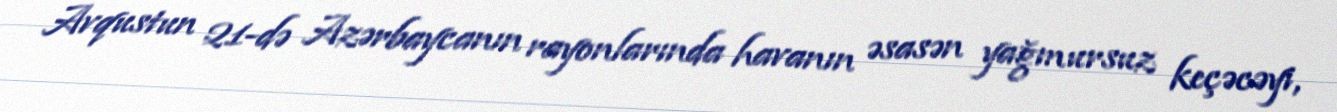
Avqustun 21-də Azərbaycanın rayonlarında havanın əsasən yağmursuz keçəcəyi,